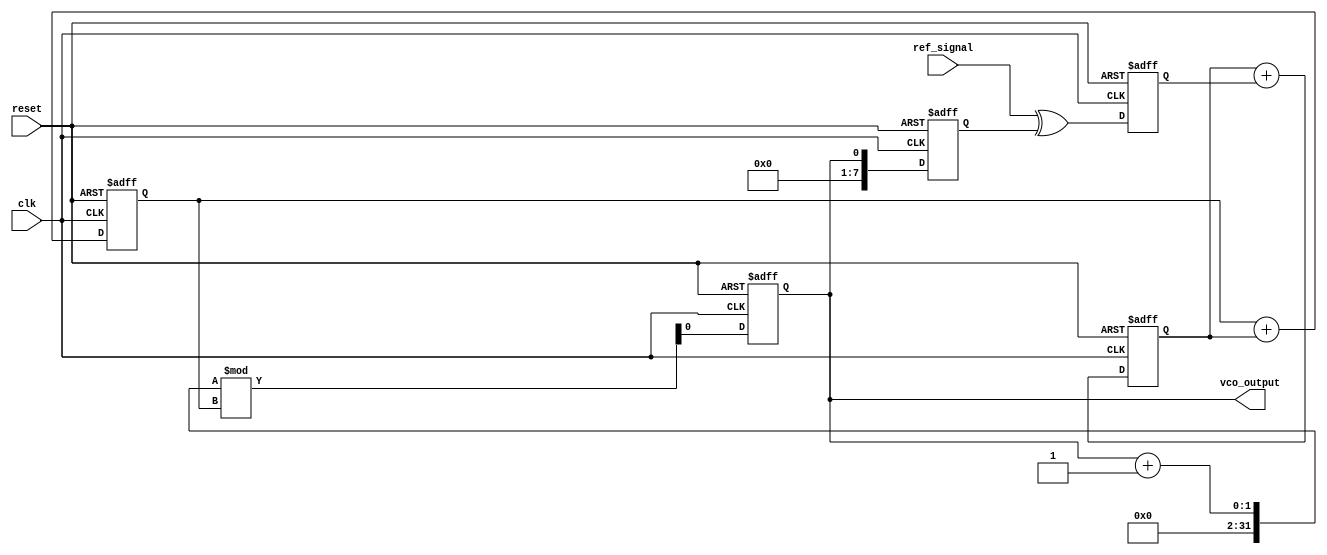
module dpll (
    input wire clk,                // System clock
    input wire reset,              // Reset signal
    input wire ref_signal,         // Reference input signal
    output reg vco_output          // Output signal from VCO
);

// Parameters
parameter MEMORY_SIZE = 16;      // Size of memory blocks
parameter PHASE_ERROR_WIDTH = 8; // Width of phase error signal
parameter CONTROL_WIDTH = 8;     // Width of control voltage signal

// Internal signals
reg [PHASE_ERROR_WIDTH-1:0] phase_error; // Phase error signal
reg [CONTROL_WIDTH-1:0] control_voltage;  // Control voltage from loop filter
reg [CONTROL_WIDTH-1:0] memory [0:MEMORY_SIZE-1]; // Memory blocks
reg [3:0] memory_index; // Memory index for storing phase errors
reg [7:0] vco_frequency; // VCO frequency control
reg [7:0] divided_output; // Divided output for phase comparison

// Phase Detector
always @(posedge clk or posedge reset) begin
    if (reset) begin
        phase_error <= 0;
    end else begin
        // Simple phase detector logic (XOR for demonstration)
        phase_error <= ref_signal ^ divided_output;
    end
end

// Loop Filter (simple integrator for demonstration)
always @(posedge clk or posedge reset) begin
    if (reset) begin
        control_voltage <= 0;
    end else begin
        // Simple low-pass filter (integrator)
        control_voltage <= control_voltage + phase_error;
    end
end

// Voltage-Controlled Oscillator (VCO)
always @(posedge clk or posedge reset) begin
    if (reset) begin
        vco_frequency <= 8'd100; // Initial frequency
        vco_output <= 0;
    end else begin
        // Adjust VCO frequency based on control voltage
        vco_frequency <= vco_frequency + control_voltage[7:0];
        // Generate output signal based on VCO frequency
        vco_output <= (vco_output + 1) % vco_frequency; // Simple counter for output
    end
end

// Frequency Divider
always @(posedge clk or posedge reset) begin
    if (reset) begin
        divided_output <= 0;
    end else begin
        // Simple frequency divider (divide by 2 for demonstration)
        divided_output <= vco_output[0]; // Example of dividing the output
    end
end

// Memory Block for storing phase errors
always @(posedge clk or posedge reset) begin
    if (reset) begin
        memory_index <= 0;
    end else begin
        // Store phase errors in memory
        memory[memory_index] <= phase_error;
        memory_index <= (memory_index + 1) % MEMORY_SIZE; // Circular buffer
    end
end

endmodule